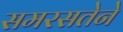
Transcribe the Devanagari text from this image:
समरसतेने